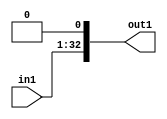
`timescale 1ps / 1ps
/*****************************************************************************
    Verilog RTL Description
    
    
    Created by: CellMath Designer 2019.1.01 
*******************************************************************************/

module DFT_compute_entirecomputation_alt4_4_1 (
	in1,
	out1
	); /* architecture "behavioural" */ 
input [31:0] in1;
output [32:0] out1;
wire [32:0] asc010;

assign asc010 = {in1,1'B0};

assign out1 = asc010;
endmodule

/* CADENCE  urf4SAg= : u9/ySgnWtBlWxVPRXgAZ4Og= ** DO NOT EDIT THIS LINE ******/